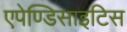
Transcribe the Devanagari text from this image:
एपेण्डिसाइटिस